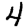
Digit: 4